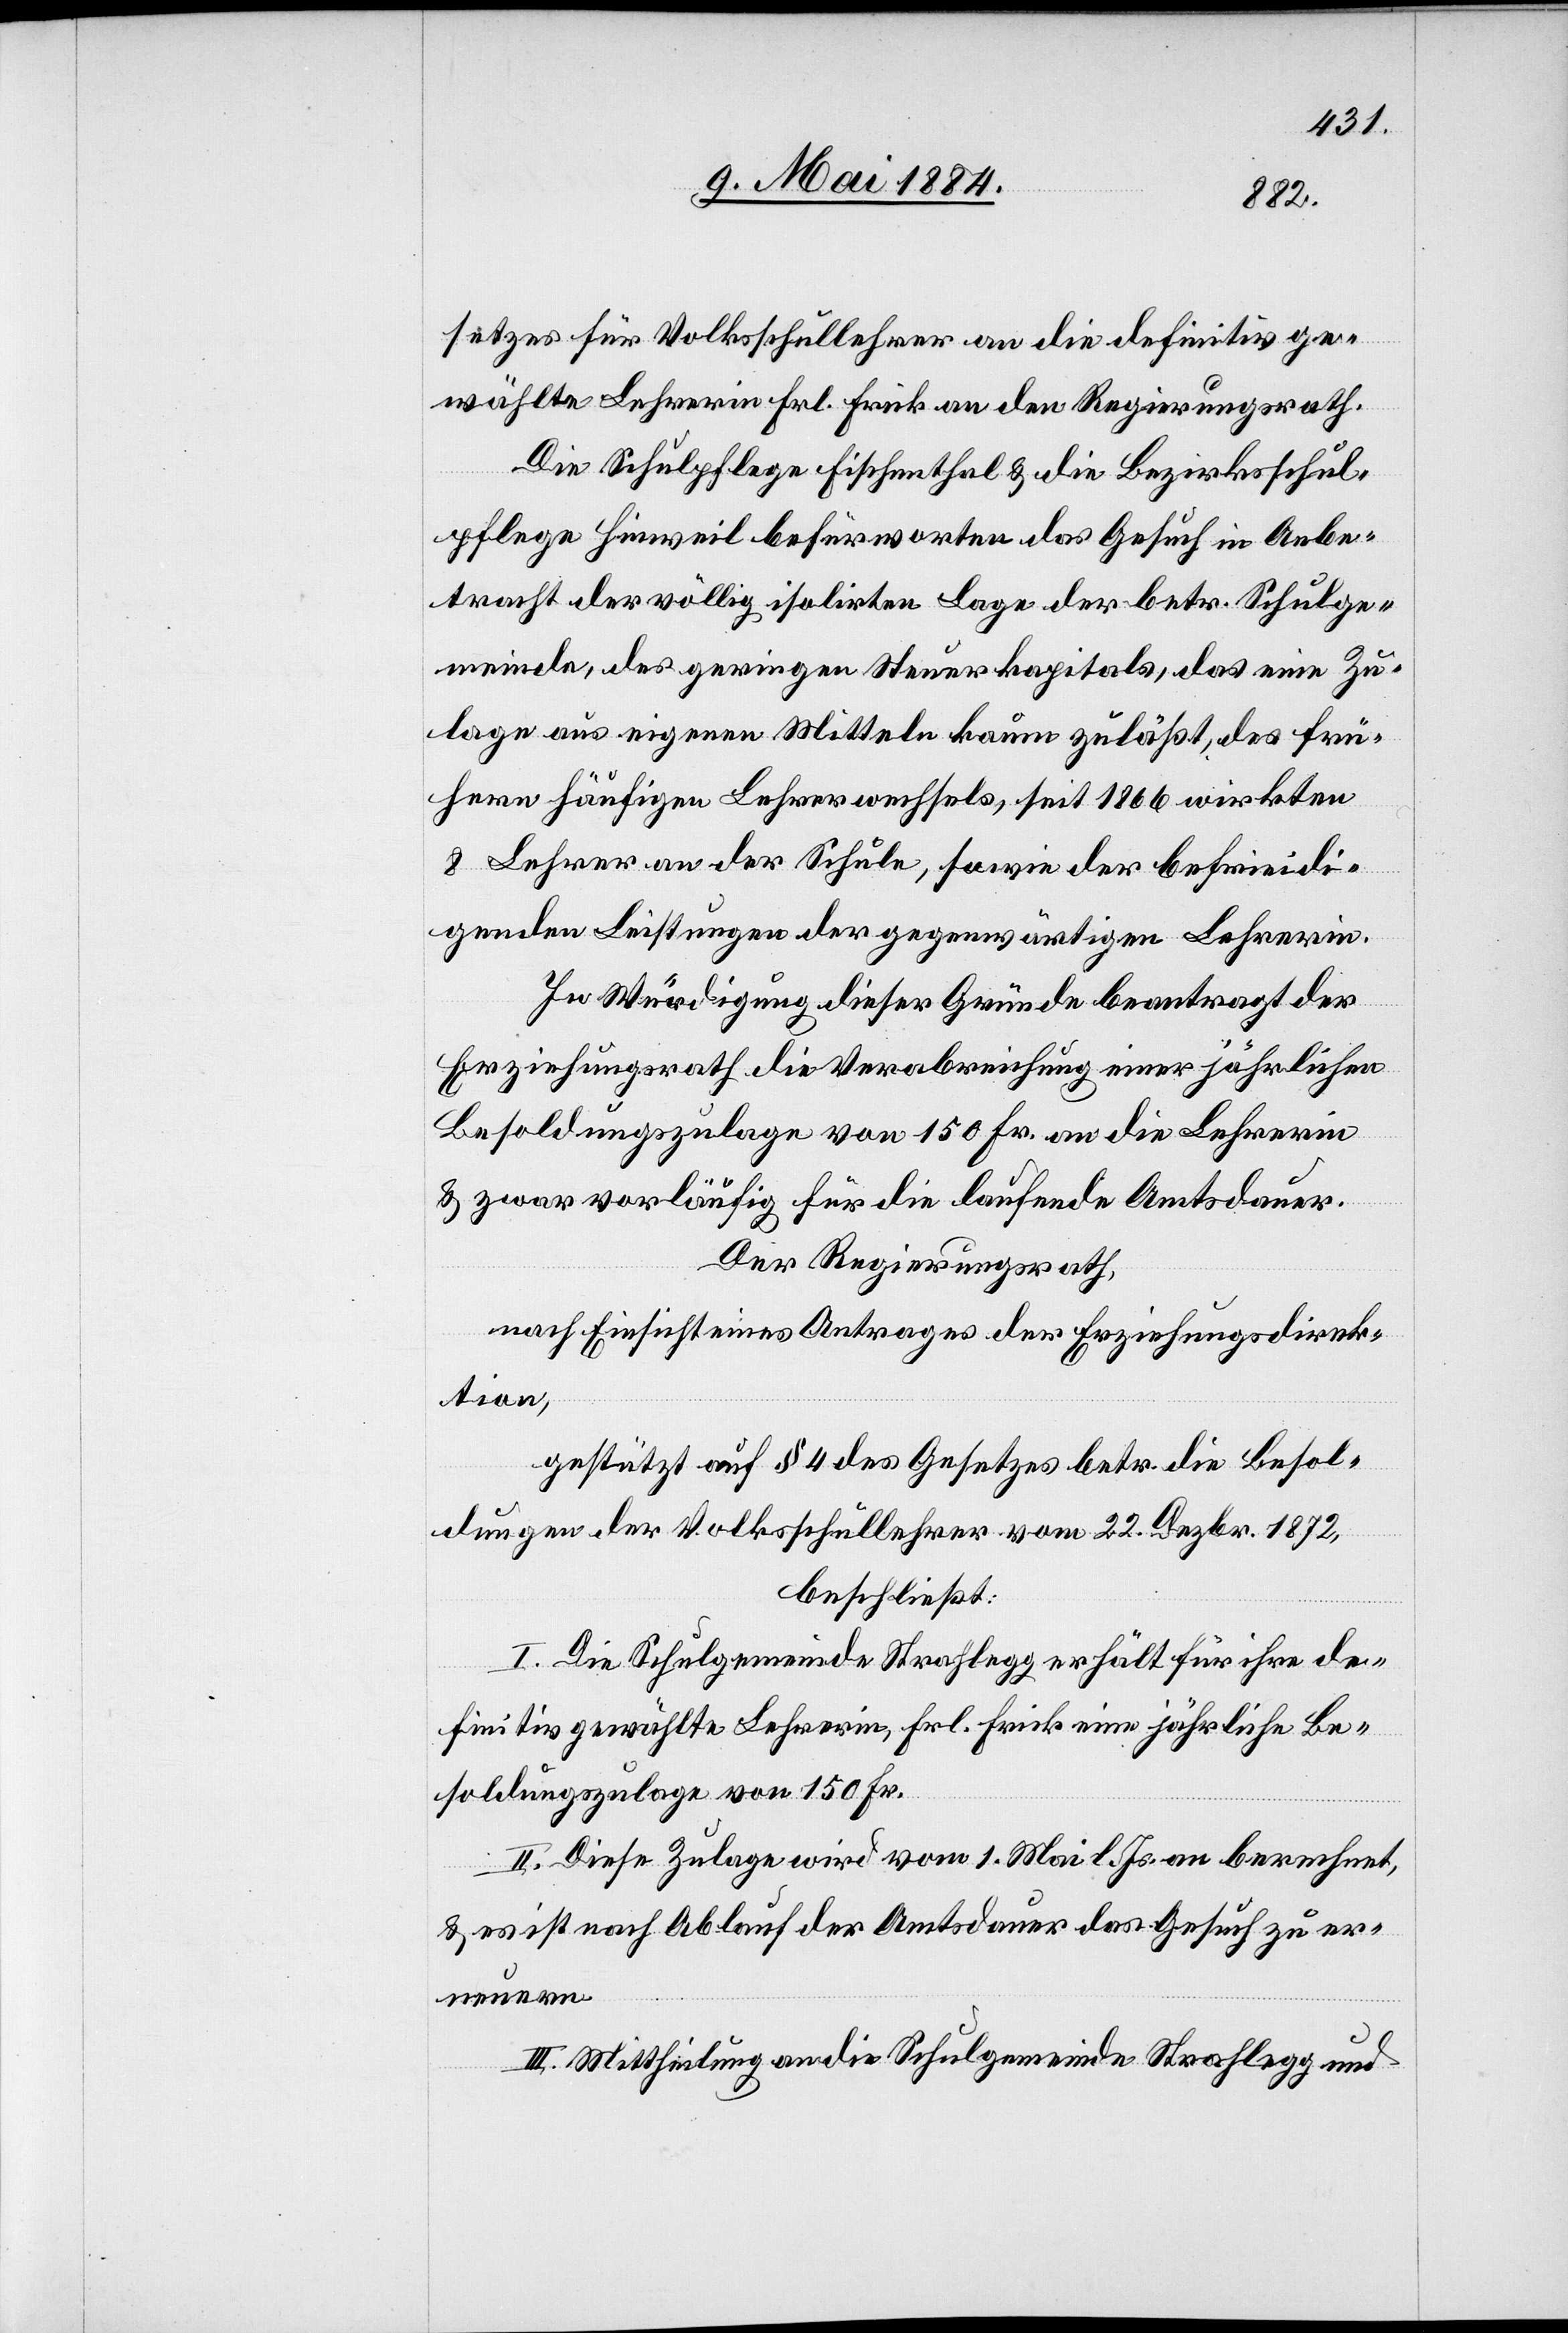
setzes für Volkschullehrer an die definitiv ge¬
wählte Lehrerin Frl. Frick an den Regierungsrath.
Die Schulpflege Fischenthal & die Bezirksschul¬
pflege Hinweil befürworten das Gesuch in Anbe¬
tracht der völlig isolirten Lage der betr. Schulge¬
meinde, des geringen Steuerkapitals, das eine Zu¬
lage aus eigenen Mitteln kaum zuläßt, des frü¬
hern häufigen Lehrerwechsels, seit 1866 wirkten
8 Lehrer an der Schule, sowie der befriedi¬
genden Leistungen der gegenwärtigen Lehrerin.
In Würdigung dieser Gründe beantragt der
Erziehungsrath die Verabreichung einer jährlichen
Besoldungszulage von 150 Fr. an die Lehrerin
& zwar vorläufig für die laufende Amtsdauer.
Der Regierungsrath,
nach Einsicht eines Antrages der Erziehungsdirek¬
tion,
gestützt auf § 4 des Gesetzes betr. die Besol¬
dungen der Volksschullehrer vom 22. Dezbr. 1872,
beschließt:
I. Die Schulgemeinde Strahlegg erhält für ihre de¬
finitiv gewählte Lehrerin, Frl. Frick eine jährliche Be¬
soldungszulage von 150 Fr.
II. Diese Zulage wird vom 1. Mai l. Js. an berechnet,
& es ist nach Ablauf der Amtsdauer das Gesuch zu er¬
neuern.
III. Mittheilung an die Schulgemeinde Strahlegg und